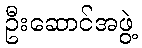
ဦးဆောင်အဖွဲ့